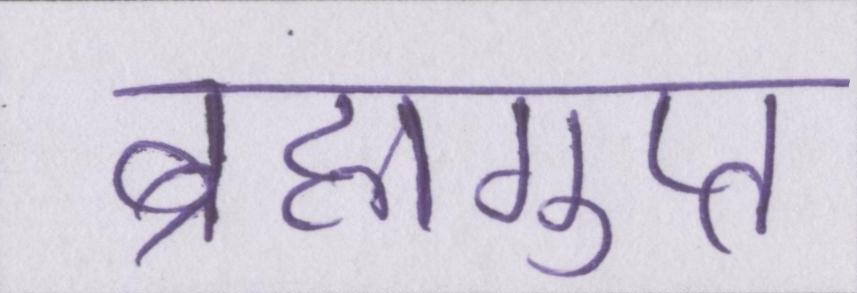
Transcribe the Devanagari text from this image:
ब्रह्मगुप्त